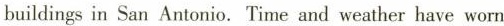
buildings in San Antonio. Time and weather have worn